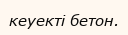
кеуекті бетон.